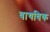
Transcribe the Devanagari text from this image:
वायविक